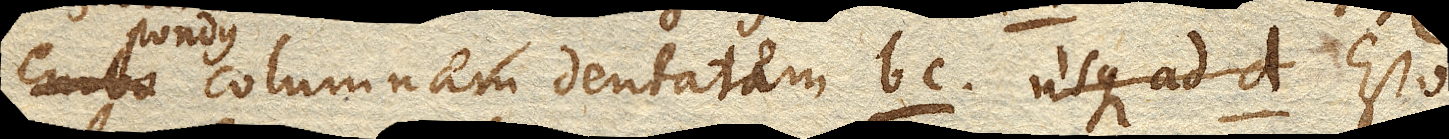
columnam dentatam bc. usque ad d. Esto